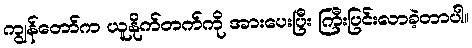
ကျွန်တော်က ယူနိုက်တက်ကို အားပေးပြီး ကြီးပြင်းလာခဲ့တာပါ။